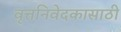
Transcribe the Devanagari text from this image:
वृत्तनिवेदकासाठी